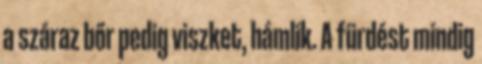
a száraz bőr pedig viszket, hámlik. A fürdést mindig